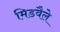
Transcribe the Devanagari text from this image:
मिडवैले